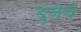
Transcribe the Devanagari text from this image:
दुर्जयं